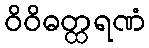
ဝိဝိဓတ္ထရဏံ